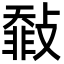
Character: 㪪